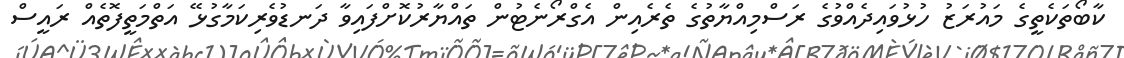
ކާބޯތަކެތީގެ މައުރަޒު ހުޅުވައިދެއްވުގެ ރަސްމިއްޔާތުގެ ތެރެއިން އެގްރޯނެޓުން ތައްޔާރުކޮށްފައިވާ ދަނޑުވެރިކަމާގުޅޭ އަތްމަތީފޮތެއް ރައީސް